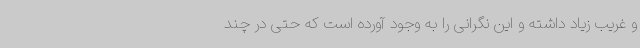
و غریب زیاد داشته و این نگرانی را به وجود آورده است که حتی در چند